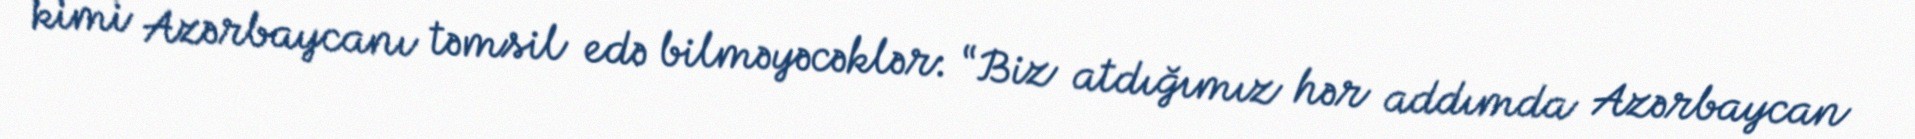
kimi Azərbaycanı təmsil edə bilməyəcəklər: “Biz atdığımız hər addımda Azərbaycan